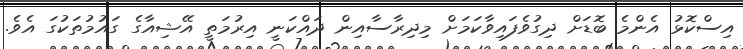
އިސްކޮޅު އެންމެ ބޮޑަށް ދިގުވެފައިވާކަމަށް މިދިރާސާއިން ދައްކަނީ އިރުމަތީ އޭޝިއާގެ ގައުމުތަކުގަ އެވެ.